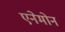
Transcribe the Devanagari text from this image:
एनेमोन